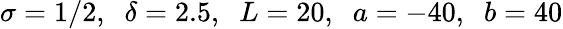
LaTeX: \sigma=1/2,\; \; \delta=2.5,\; \; L=20,\; \; a=-40,\; \; b=40